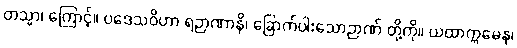
တသ္မာ၊ ကြောင့်။ ပဒေသဝိဟာ ရဉာဏာနိ၊ ခြောက်ပါးသောဉာဏ် တို့ကို။ ယထာက္ကမေန၊